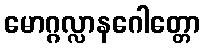
မောဂ္ဂလ္လာနဂေါတ္တော